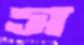
স